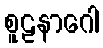
စူဠနာဂေါ